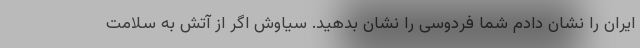
ایران را نشان دادم شما فردوسی را نشان بدهید. سیاوش اگر از آتش به سلامت